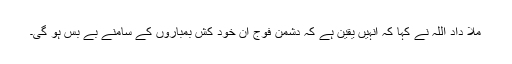
ملا داد اللہ نے کہا کہ انہیں یقین ہے کہ دشمن فوج ان خود کش بمباروں کے سامنے بے بس ہو گی۔